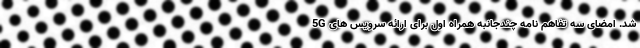
شد. امضای سه تفاهم نامه چندجانبه همراه اول برای ارائه سرویس های 5G